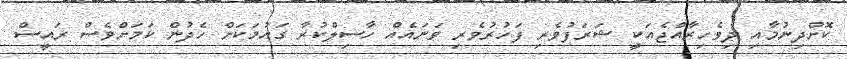
ކޮށްދިނުމާއި ދިވެހިރާއްޖެއަކީ ޝަރަފުވެރި ފަހުރުވެރި ވަނައެއް ހާސިލްކުރާ ގައުމަކަށް ހެދުން ކަމަށްވެސް ރައީސް